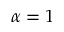
\alpha = 1